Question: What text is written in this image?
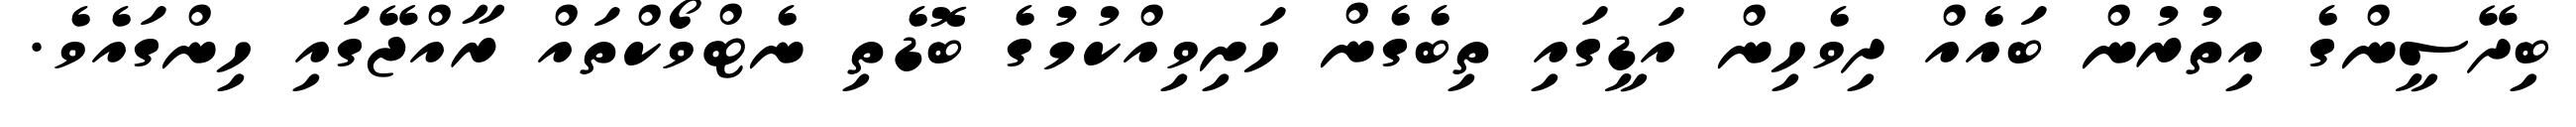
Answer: ބިދޭސީންގެ އިތުރުން ބައެއް ދިވެހިން އަޑީގައި ތިބެގެން ހަށިވިއްކުމުގެ ބޮޑެތި ނެޓްވޯކްތައް ރާއްޖޭގައި ހިންގައެވެ.